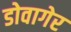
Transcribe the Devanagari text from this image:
डोवागेर